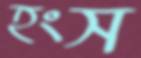
হংস